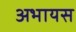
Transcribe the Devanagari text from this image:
अभायस